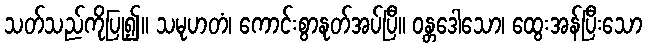
သတ်သည်ကိုပြု၍။ သမုဟတံ၊ ကောင်းစွာနုတ်အပ်ပြီ။ ဝန္တဒေါသော၊ ထွေးအန်ပြီးသော